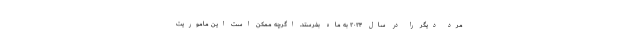
مرد دیگر را در سال ۲۰۲۴ به ماه بفرستد. اگرچه ممکن است این ماموریت